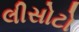
લીસોટો